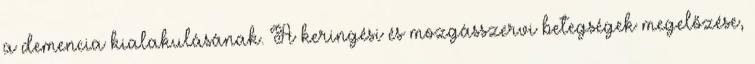
a demencia kialakulásának. A keringési és mozgásszervi betegségek megelőzése,